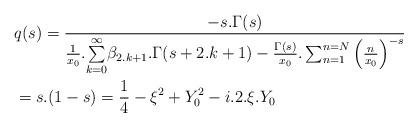
LaTeX: \begin{align*}&q(s)=\frac{-s.\Gamma(s)}{\frac{1}{x_0}.\underset{k=0}{\overset{\infty }{\sum }}\beta _{2.k+1}.\Gamma(s+2.k+1)-\frac{\Gamma(s)}{x_0}.\sum _{n=1}^{n=N}{\left(\frac{n}{x_0}\right)}^{-s}}\\&=s.(1-s)=\frac{1}{4}-\xi ^2+Y_0^2-i.2.\xi .Y_0\end{align*}